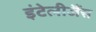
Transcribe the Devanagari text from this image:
इंटेलीजैंस